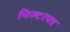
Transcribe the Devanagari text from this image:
फिल्टरपत्र